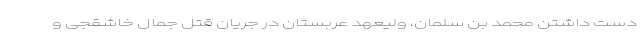
دست داشتن محمد بن سلمان، ولیعهد عربستان در جریان قتل جمال خاشقجی و